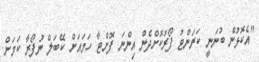
"އެކޮޅުން ބުނަނީ ކަރަންޓު ފޯރުކޮށްދެން އިންނަ ފޮށްޓާ ހަމައަށް ކޭބަލް ނުފޯރާ ކަމަށް.